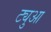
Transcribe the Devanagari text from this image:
ट्युआ